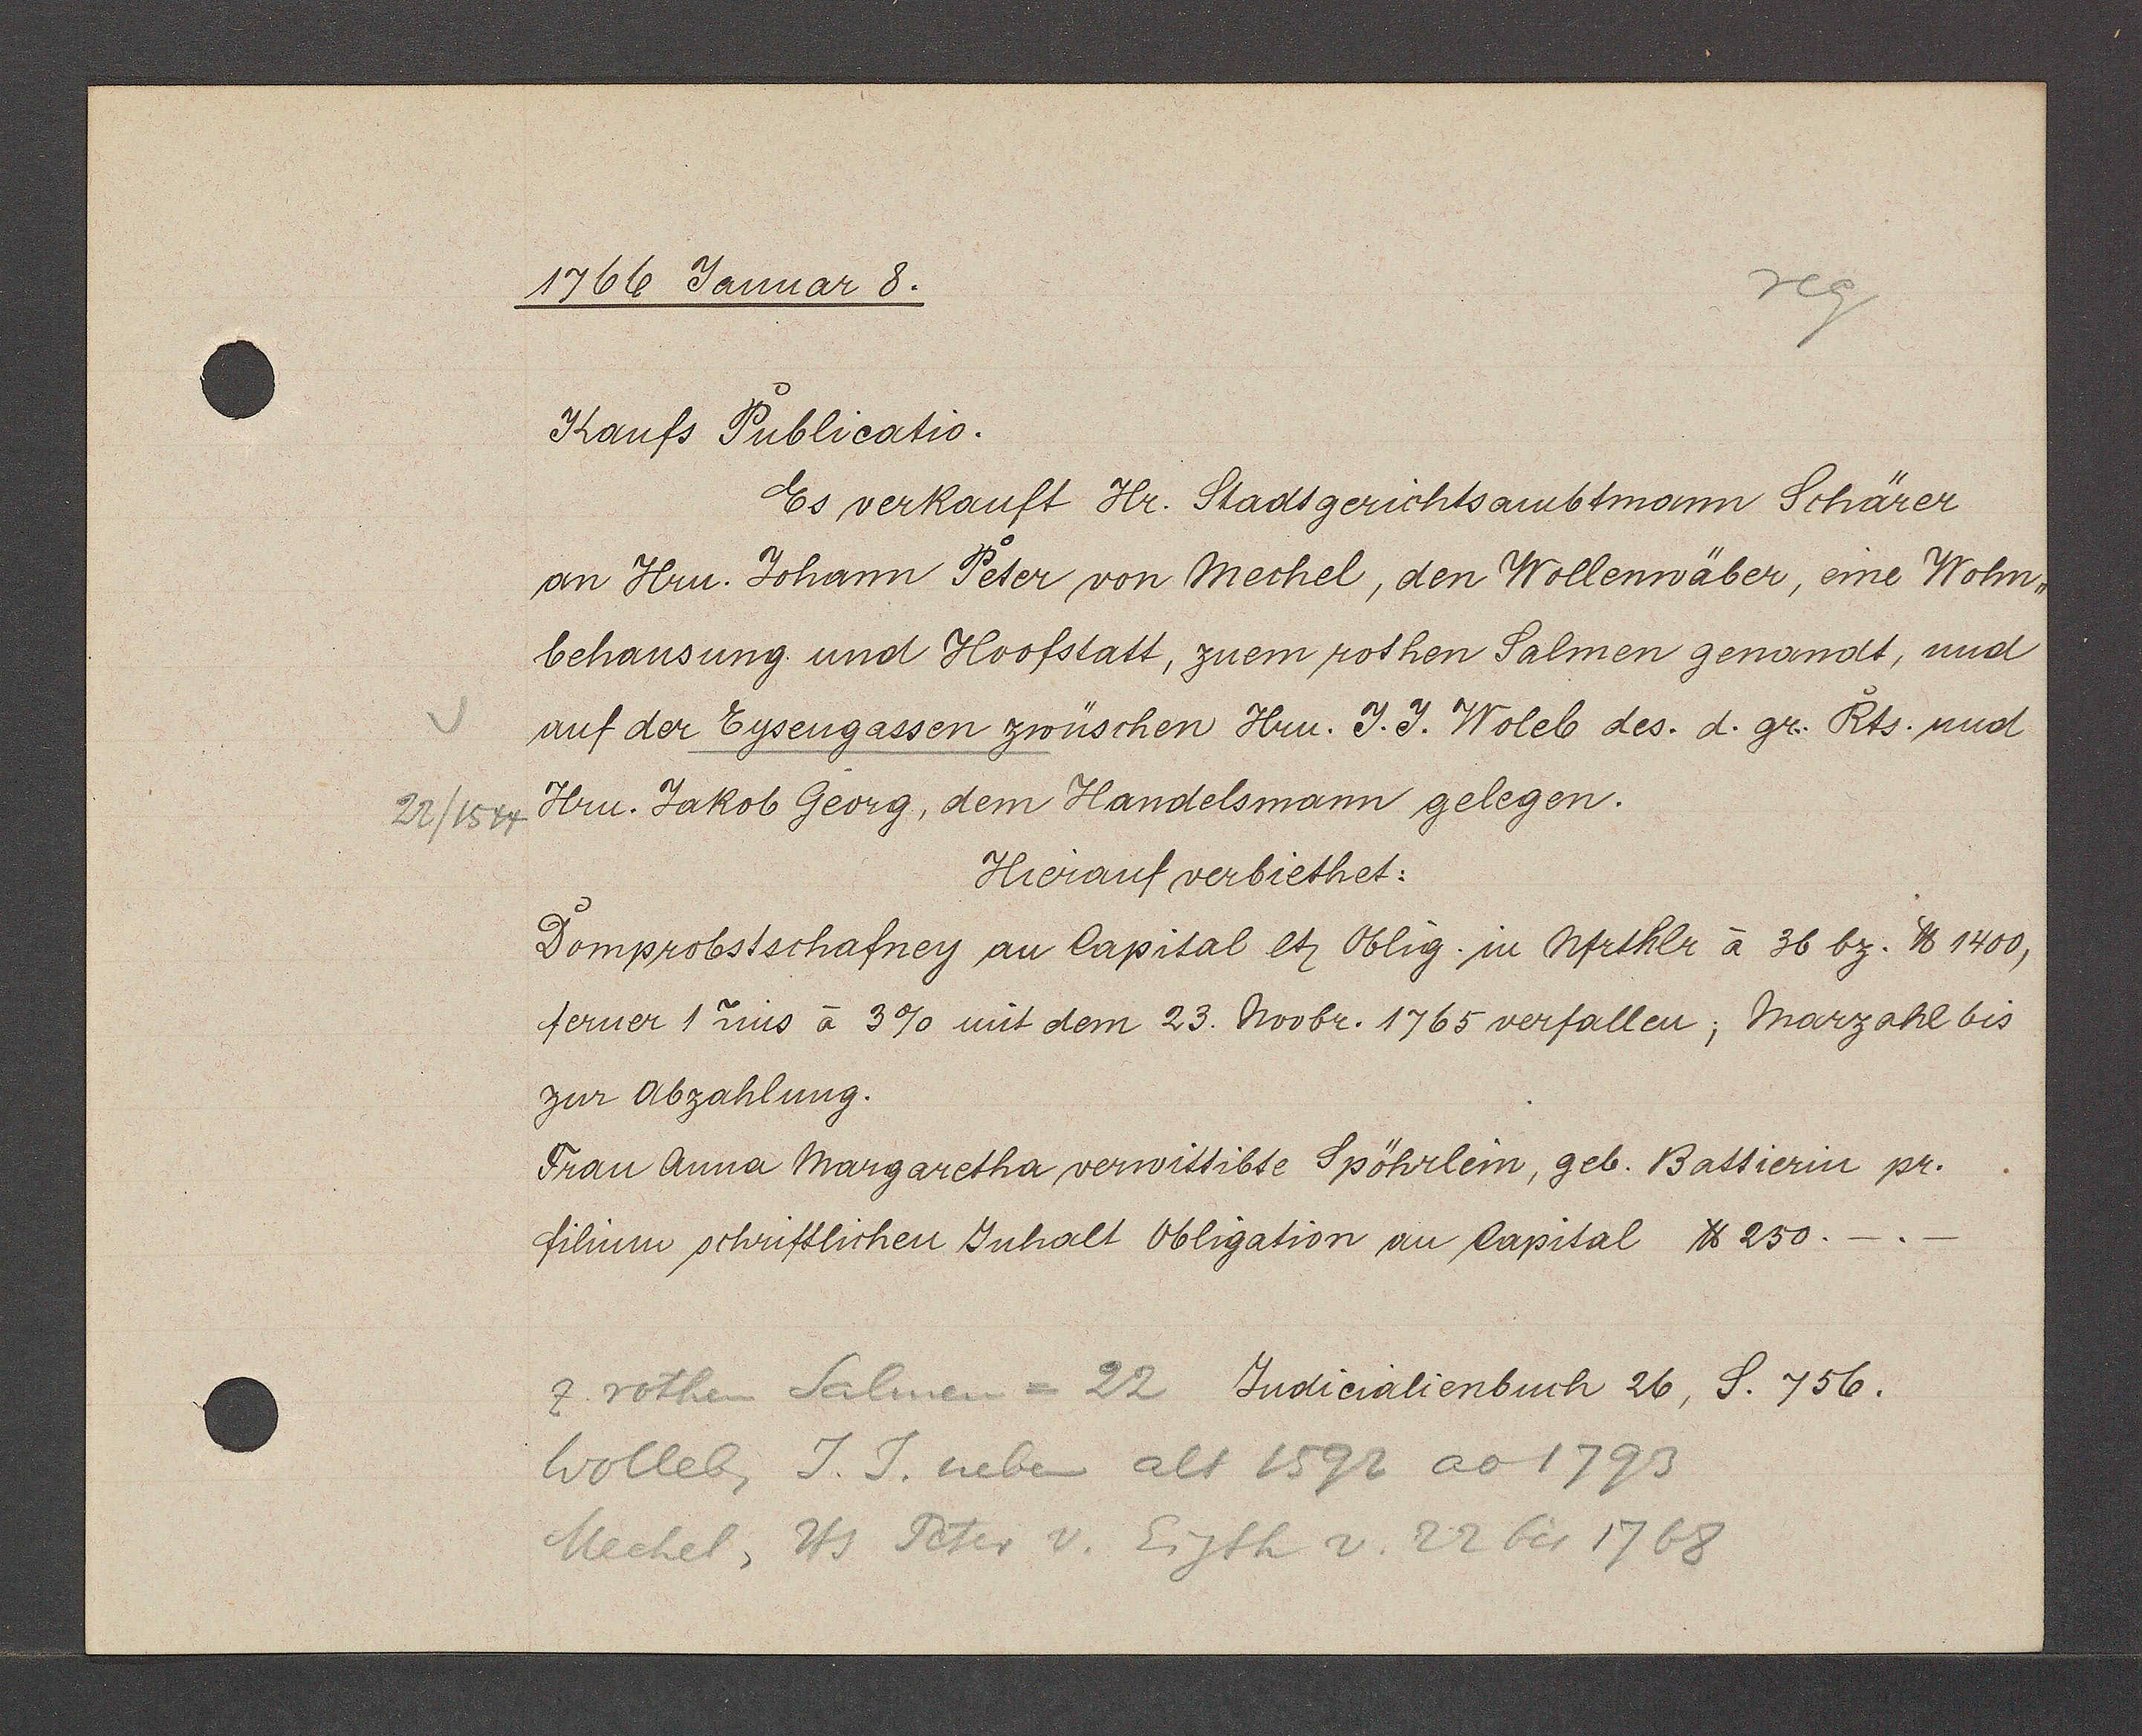
Transcript:
22/1544

1766 Januar 8.
Kaufs Puoblicatio.
Es verkauft Hr. Stadtgerichtsambtmann Schärer
an Hrn. Johann Peoter von Mechel, den Wollenwäber, eine Wohn-
behausung und Hoofstatt, zuem rothen Salmen genandt, und
auf der Eysengassen zwüschen Hrn. J. J. Woleb des. d. gr. Rots. und
Hrn. Jakob Georg, dem Handelsmann gelegen.
Herauf verbiethet:
Doomprobstschafney an Capital lt Oblig. in Nfrthlr à 36 bz. ℔ 1400,
ferner 1 zins à 3% mit dem 23. Novbr. 1765 verfallen; Marzahl bis
zur Abzahlung.
Frau Anna Margaretha verwittibte Spöhrlein, geb. Battierin pr.
Filium schriftlichen Inhalt Obligation an Capital ℔ 250.-.-
z. rothen Salmen = 22 Judicialienbuch 26, S. 756.
wolleb. J. J. neben alt 1592 ao 1793
Mechel, Hs Peter v. Eigth v. 22 bis 1768